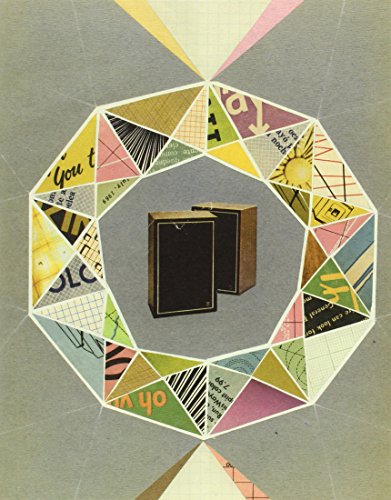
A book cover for Collage: Contemporary Artists Hunt and Gather, Cut and Paste, Mash Up and Transform; Danielle Krysa; Arts & Photography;